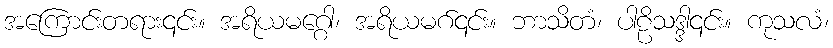
အကြောင်းတရား၎င်း။ အရိယမဂ္ဂေါ၊ အရိယမဂ်၎င်း။ ဘာသိတံ၊ ပါဠိသဒ္ဒါ၎င်း။ ကုသလံ၊